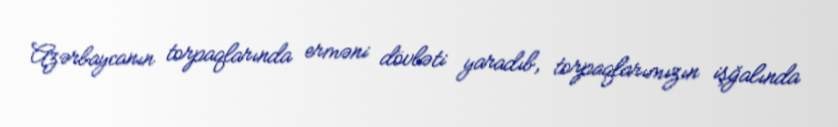
Azərbaycanın torpaqlarında erməni dövləti yaradıb, torpaqlarımızın işğalında